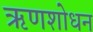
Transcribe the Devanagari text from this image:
ऋणशोधन